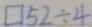
\square 5 2 \div 4